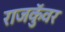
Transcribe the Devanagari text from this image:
राजकुॅवर